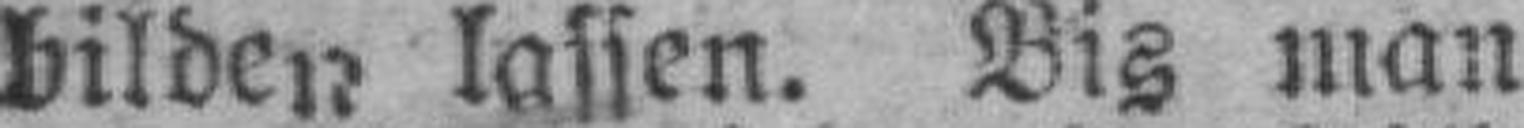
bilden lassen. Bis man